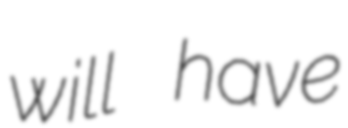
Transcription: will have